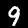
Digit: 9